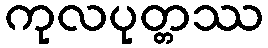
ကုလပုတ္တဿ